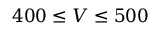
4 0 0 \leq V \leq 5 0 0